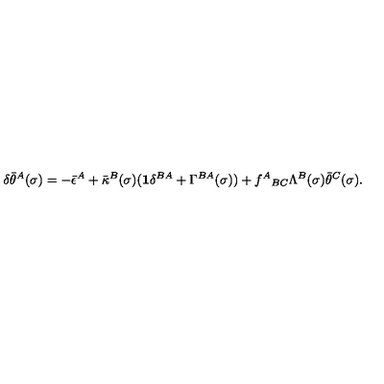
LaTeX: \delta \bar { \theta } ^ { A } ( \sigma ) = - \bar { \epsilon } ^ { A } + \bar { \kappa } ^ { B } ( \sigma ) ( { \bf 1 } \delta ^ { B A } + \Gamma ^ { B A } ( \sigma ) ) + f ^ { A } { } _ { B C } \Lambda ^ { B } ( \sigma ) \bar { \theta } ^ { C } ( \sigma ) .